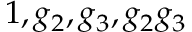
\, 1 , g _ { 2 } , g _ { 3 } , g _ { 2 } g _ { 3 }